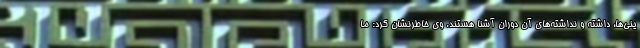
ینی‌ها، داشته و نداشته‌های آن دوران آشنا هستند. وی خاطرنشان کرد: ما